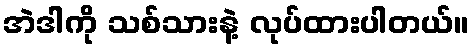
အဲဒါကို သစ်သားနဲ့ လုပ်ထားပါတယ်။